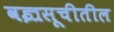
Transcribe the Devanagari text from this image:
वज्रसूचीतील